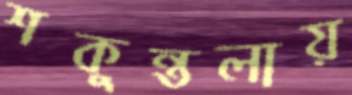
শকুন্তলায়